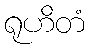
ရုဟိတံ